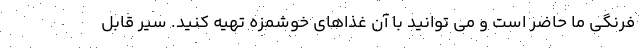
فرنگی ما حاضر است و می توانید با آن غذاهای خوشمزه تهیه کنید. سیر قابل